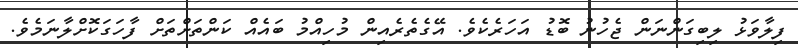
ފިލާވަޅު ލިބިގަންނަން ޖެހުނު ބޮޑު އަހަރެކެވެ. އޭގެތެރެއިން މުހިއްމު ބައެއް ކަންތަށްތަށް ފާހަގަކޮށްލާނަމެވެ.